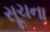
સૂચના